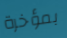
بمؤخرة